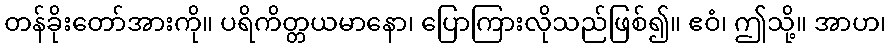
တန်ခိုးတော်အားကို။ ပရိကိတ္တယမာနော၊ ပြောကြားလိုသည်ဖြစ်၍။ ဧဝံ၊ ဤသို့။ အာဟ၊